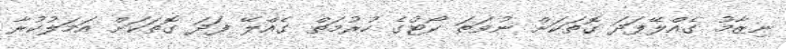
ނިޒާމު ގެއްލޭފަދަ ގޮތަކަށް ނުވަތަ ކޯޓުގެ ހުރުމަތް ގެއްލޭ ފަދަ ގޮތަކަށް އަމަލުކުރާ